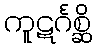
ကူဋင်္ဂစ္ဆိ